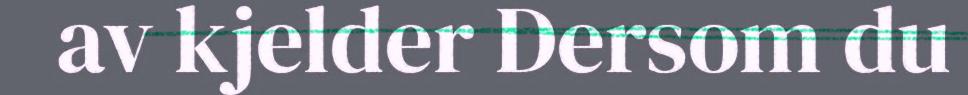
av kjelder Dersom du